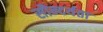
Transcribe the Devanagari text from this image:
सौन्‍दर्यता